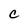
Character: C